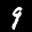
Label: 9